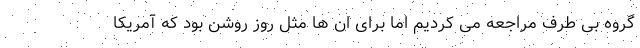
گروه بی طرف مراجعه می کردیم اما برای ان ها مثل روز روشن بود که آمریکا